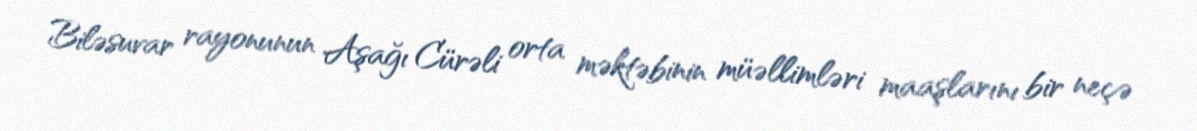
Biləsuvar rayonunun Aşağı Cürəli orta məktəbinin müəllimləri maaşlarını bir neçə